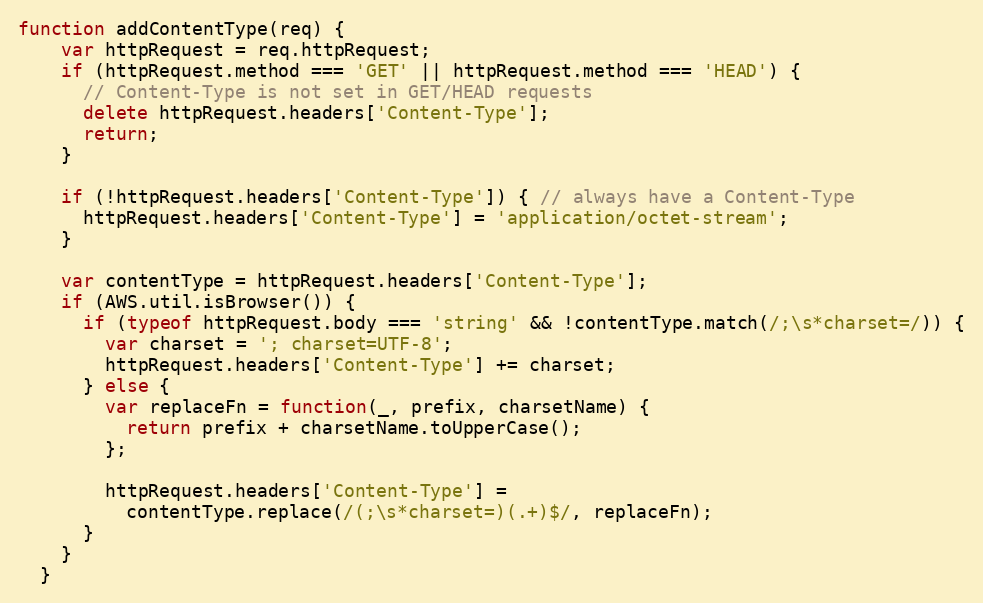
Language: JavaScript
function addContentType(req) {
    var httpRequest = req.httpRequest;
    if (httpRequest.method === 'GET' || httpRequest.method === 'HEAD') {
      // Content-Type is not set in GET/HEAD requests
      delete httpRequest.headers['Content-Type'];
      return;
    }

    if (!httpRequest.headers['Content-Type']) { // always have a Content-Type
      httpRequest.headers['Content-Type'] = 'application/octet-stream';
    }

    var contentType = httpRequest.headers['Content-Type'];
    if (AWS.util.isBrowser()) {
      if (typeof httpRequest.body === 'string' && !contentType.match(/;\s*charset=/)) {
        var charset = '; charset=UTF-8';
        httpRequest.headers['Content-Type'] += charset;
      } else {
        var replaceFn = function(_, prefix, charsetName) {
          return prefix + charsetName.toUpperCase();
        };

        httpRequest.headers['Content-Type'] =
          contentType.replace(/(;\s*charset=)(.+)$/, replaceFn);
      }
    }
  }